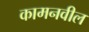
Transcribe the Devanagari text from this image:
कामनवील